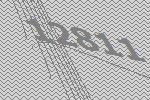
12811